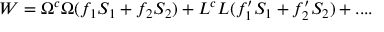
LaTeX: W = \Omega ^ { c } \Omega ( f _ { 1 } S _ { 1 } + f _ { 2 } S _ { 2 } ) + { L } ^ { c } L ( f _ { 1 } ^ { \prime } S _ { 1 } + f _ { 2 } ^ { \prime } S _ { 2 } ) + . . . .